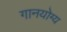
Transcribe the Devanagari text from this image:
गानयोग्य